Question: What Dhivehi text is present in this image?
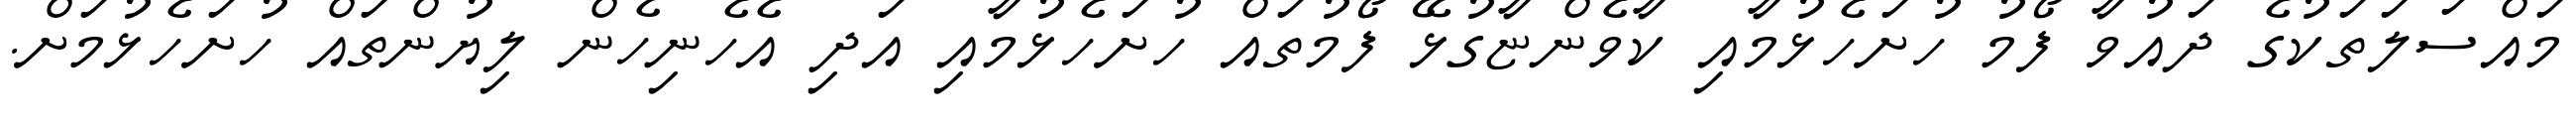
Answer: މައްސަލަތަކުގެ ދައުވާ ފޯމު ހުށަހެޅުމާއި ކާވެންޏާގުޅޭ ފޯމުތައް ހުށަހެޅުމާއި އަދި އެހެނިހެން ލިޔުންތައް ހުށަހެޅުމަށް.